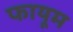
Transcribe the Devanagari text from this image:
फायूम